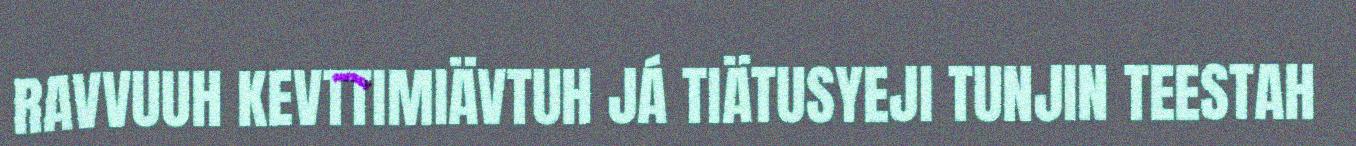
RAVVUUH KEVTTIMIÄVTUH JÁ TIÄTUSYEJI TUNJIN TEESTAH